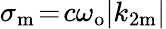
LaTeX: \sigma_{\mathrm{m}}\! =\! c\omega_{\mathrm{o}}|k_{2\mathrm{m}}|